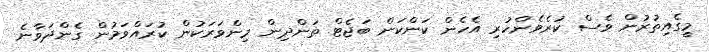
މީގެއިތުރުން ވެސް ކުރެވެންހުރި އެހެން ކަންކަން ބަޖެޓް ތަންދިން މިންވަރަކުން ކުރައްވަމުން ގެންދަވާނެ